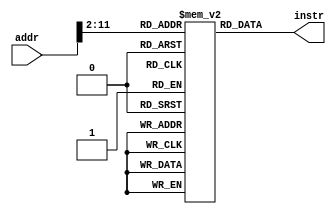
module instr_mem(
    input   [31:0] addr,
    output  [31:0] instr
);

    reg [31:0] mem[1023:0];

    assign instr = mem[addr >> 2];

    initial begin
     	mem[1] = 32'h0ff10113;       //	addi	sp,sp,255
     	mem[2] = 32'h00200313;       //	li	t1,2
     	mem[3] = 32'h00612023;       //	sw	t1,0(sp)
     	mem[4] = 32'hffc10113;       //	addi	sp,sp,-4
     	mem[5] = 32'h00410113;       //	addi	sp,sp,4
     	mem[6] = 32'h00012583;       //	lw	a1,0(sp)
     	mem[7] = 32'h00300313;       //	li	t1,3
     	mem[8] = 32'h00612023;       //	sw	t1,0(sp)
     	mem[9] = 32'hffc10113;       //	addi	sp,sp,-4
     	mem[10] = 32'h00410113;       //	addi	sp,sp,4
     	mem[11] = 32'h00012603;       //	lw	a2,0(sp)
     	mem[12] = 32'h00b12023;       //	sw	a1,0(sp)
     	mem[13] = 32'hffc10113;       //	addi	sp,sp,-4
     	mem[14] = 32'h00c12023;       //	sw	a2,0(sp)
     	mem[15] = 32'hffc10113;       //	addi	sp,sp,-4
     	mem[16] = 32'h00410113;       //	addi	sp,sp,4
     	mem[17] = 32'h00012303;       //	lw	t1,0(sp)
     	mem[18] = 32'h00410113;       //	addi	sp,sp,4
     	mem[19] = 32'h00012383;       //	lw	t2,0(sp)
     	mem[20] = 32'h00730333;       //	add	t1,t1,t2
     	mem[21] = 32'h00612023;       //	sw	t1,0(sp)
     	mem[22] = 32'hffc10113;       //	addi	sp,sp,-4
     	mem[23] = 32'h00410113;       //	addi	sp,sp,4
     	mem[24] = 32'h00012583;       //	lw	a1,0(sp)
     	mem[25] = 32'h00b12023;       //	sw	a1,0(sp)
     	mem[26] = 32'hffc10113;       //	addi	sp,sp,-4
     	mem[27] = 32'h00410113;       //	addi	sp,sp,4
     	mem[28] = 32'h00012503;       //	lw	a0,0(sp)
        mem[29] = 32'b1111100_00000_00000_000_10001_1100011;
     	mem[30] = 32'h00730333;       //	add	t1,t1,t2
    end
endmodule